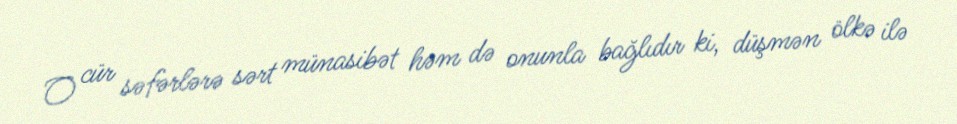
O cür səfərlərə sərt münasibət həm də onunla bağlıdır ki, düşmən ölkə ilə